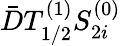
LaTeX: \bar{D}T_{1/2}^{(1)}S_{2i}^{(0)}